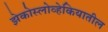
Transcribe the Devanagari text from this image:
झेकोस्लोव्हेकियातील